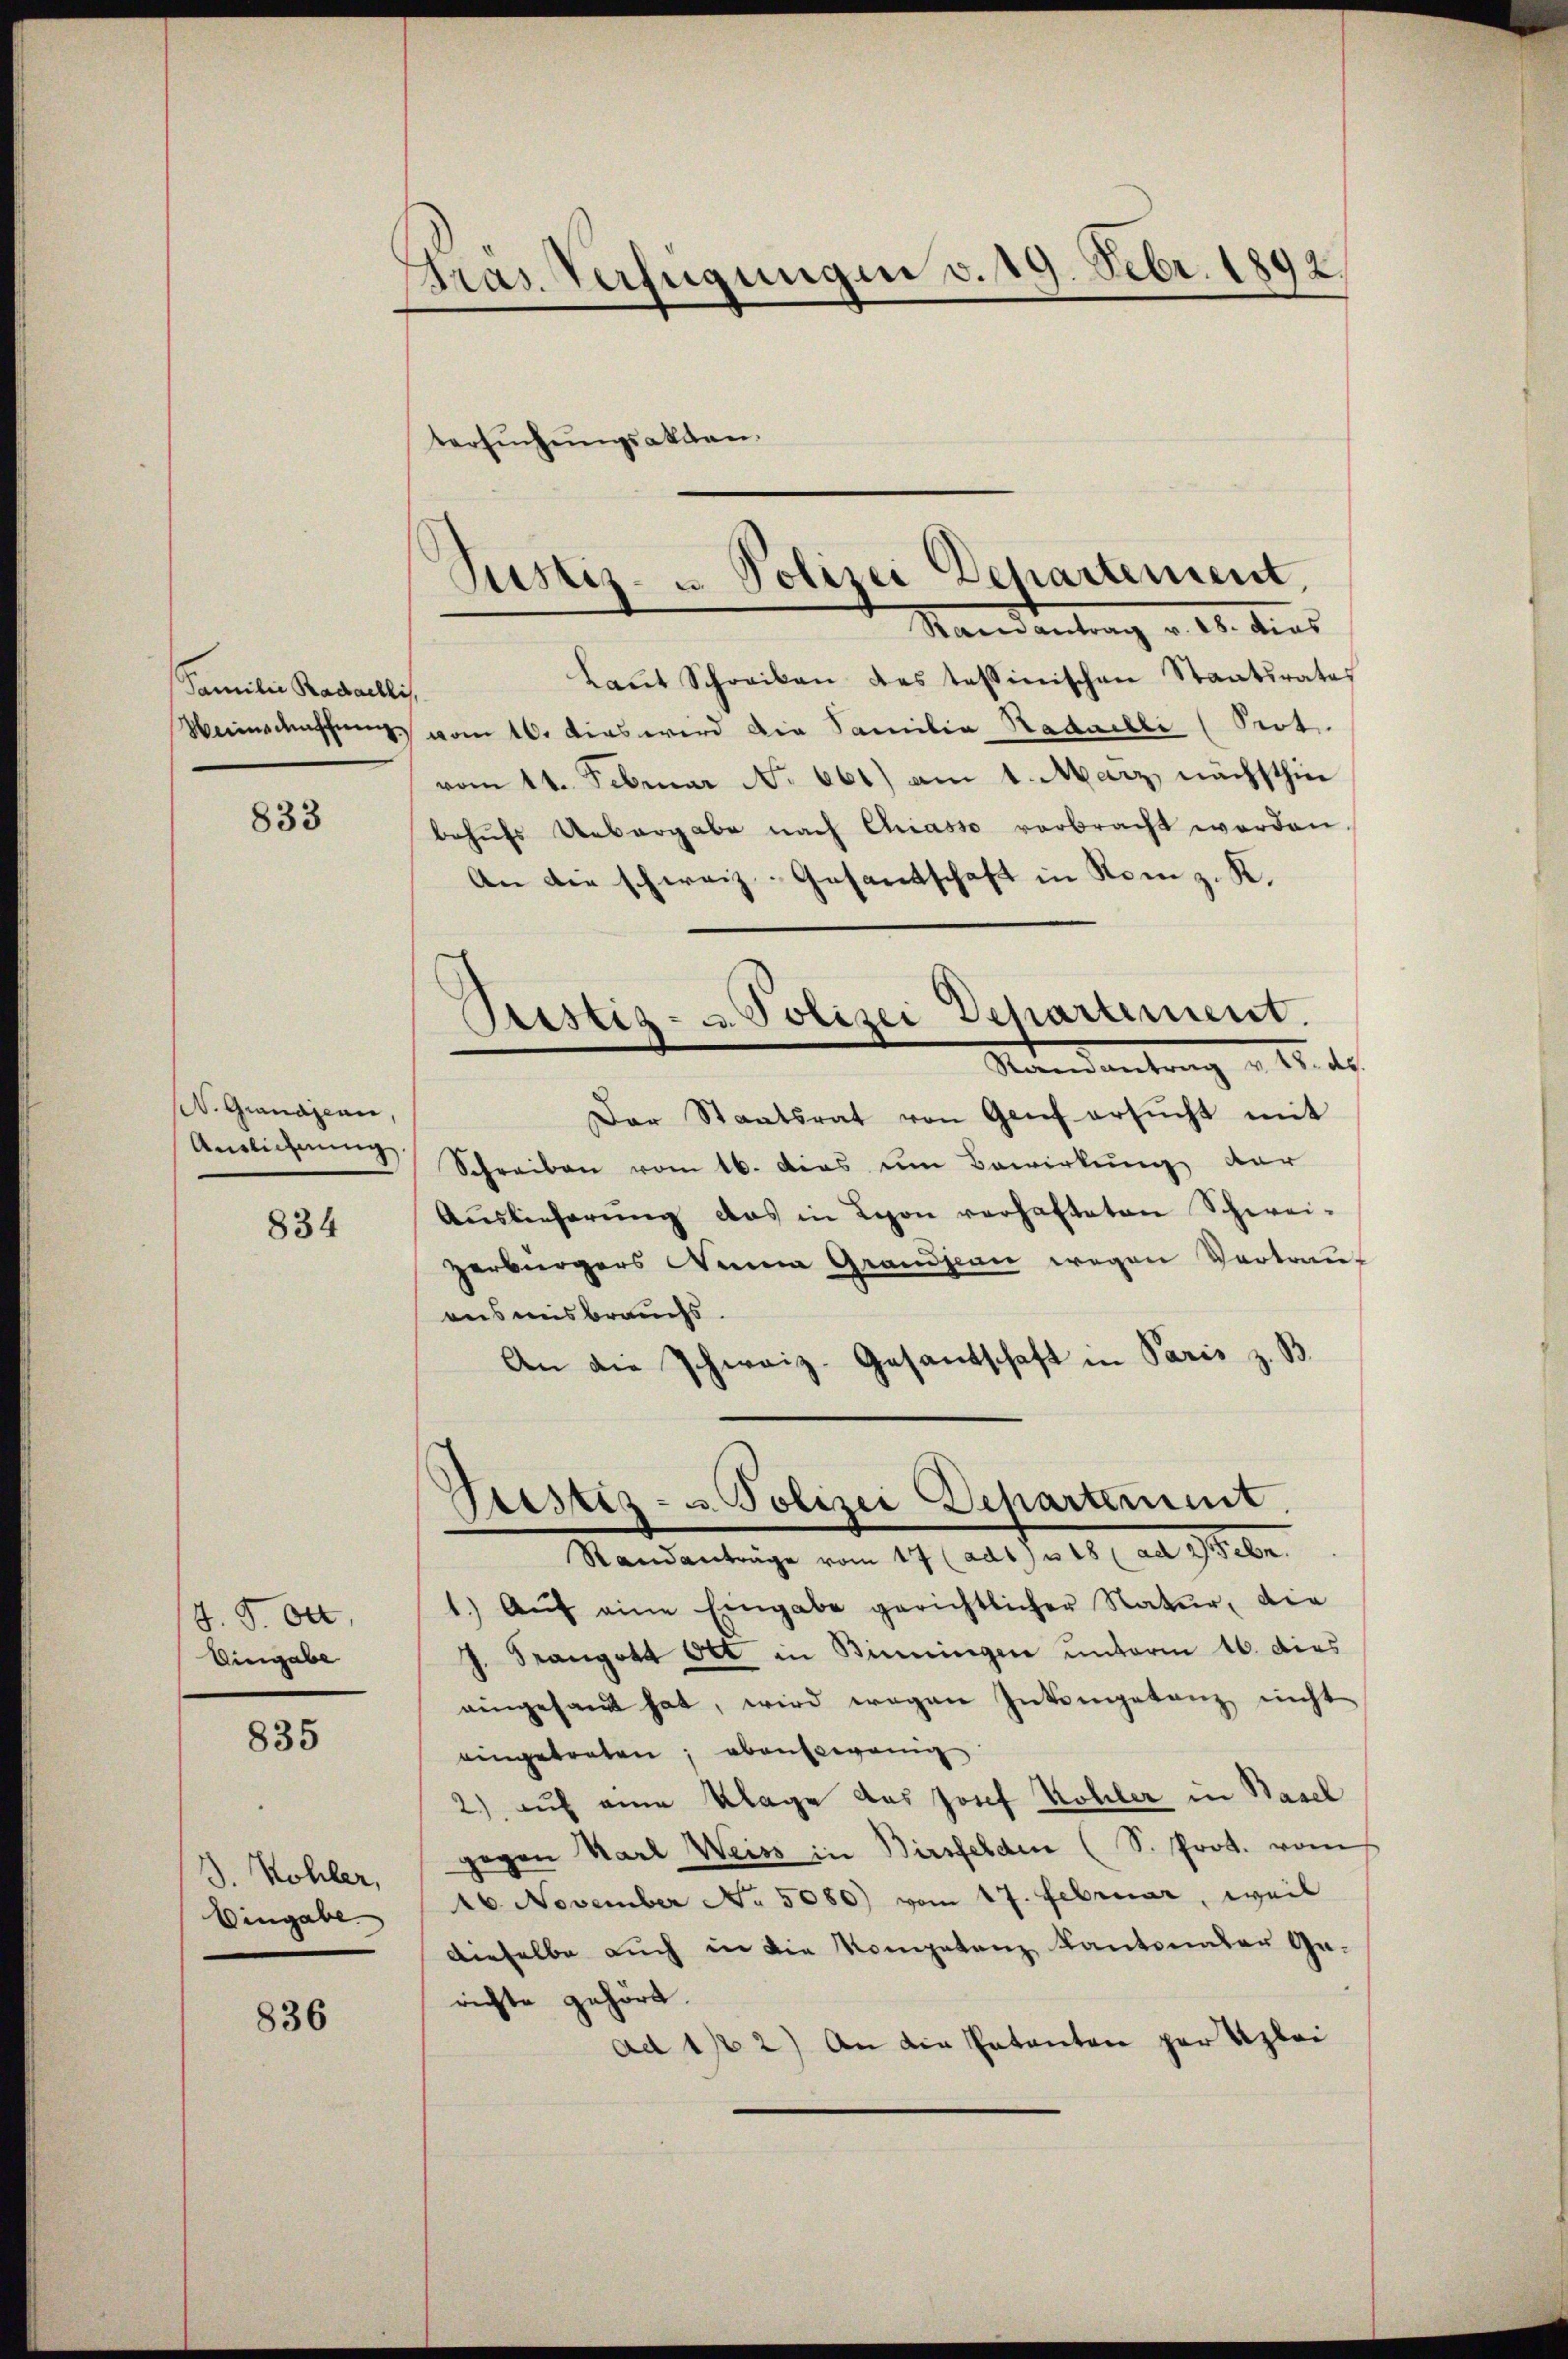
Familie Radaelli
Weiiedenschung

833

W. Grandjean,
Auslichnung.

834

J. P. Oct.
Eingabe

835

1. Kohler,
Eingabe

836

Gras Verfügungen v. 19. Febr. 1892.

tersuchungsakten.

Justiz- u. Polizei Departement,
Stand antrag v. 18. dies

Laŭt Schreiben des tessinischen Staatsrates
.
vom 16. Das wird die Familia Nadailli (Prot.
vom 14. Februar No 661) am 1. März nächsthin
behŭfs Uebergabe nach Chiasso verbracht werden.
An die schweiz. Gesantschaft in Rom z. K.
Pustiz- u. Polizei Departement.
Ramantrag v. 18. ds.
Der Staatsrat von Genf ersŭcht mit
Schreiben vom 16. Das um Bewirkung der
Aŭslieferŭng das in Leon verhafteten Schwei-
zerbürgers Weina Grandjean wegen Vertrau-
ansmisbrauchs
An die Schwaiz-Gesandtschaft in Paris z. B.

Prastiz- u. Polizei Departement.
Standanträge vom 17 (adt) u 18 (ad 27 Febr.

1. Aŭf eine Eingabe gerichtlicher Natur, die
J. Stangott Ott in Binningen unterm 16. dies
eingesandt hat, wird wegen Inkompetenz nicht
eingetreten; ebensowenig
2) auf eine Klage des Josef Kohler in Basel
gegen Karl Weiss in Birsfelden (S. Prot. vom
46. November No. 5080) vom 17. Februar, weil
dieselbe auch in die Kompetanz Kantonalen Ge-
richte gehört.
ad 1 2) An die Patenten par Aloi